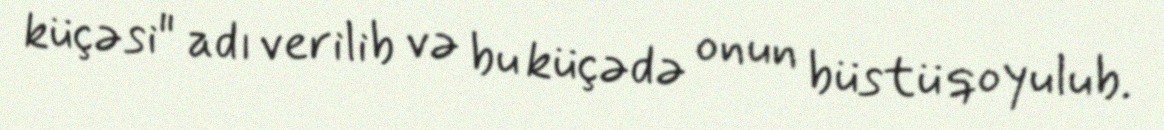
küçəsi" adı verilib və bu küçədə onun büstü qoyulub.